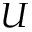
U